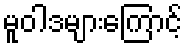
မူဝါဒများကြောင့်